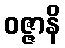
ဝဇ္ဇာနိ